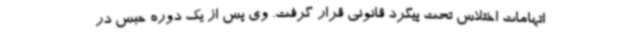
اتهامات اختلاس تحت پیگرد قانونی قرار گرفت. وی پس از یک دوره حبس در